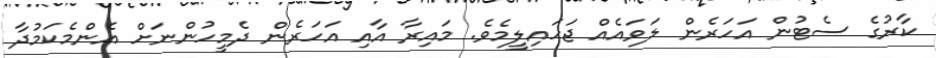
ކާރުގެ ސެޓުން އަހަރެން ލަވައެއް ޖަހައިލީމެވެ. މައިރާ އާއި އަހަރެން ދެމީހުންނަށް އެންމެކަމުދާ